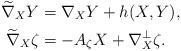
LaTeX: \begin{align*}\widetilde{\nabla}_X Y &= \nabla _{X} Y+h(X,Y), \\\widetilde{\nabla}_X \zeta &=-A_{\zeta} X+\nabla _{X}^{\bot } \zeta. \end{align*}